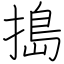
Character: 搗